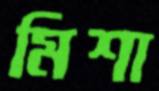
মিশা